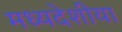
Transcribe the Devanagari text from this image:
मध्यदेशीया